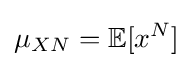
\mu _{XN}=\mathbb {E} [x^{N}]